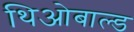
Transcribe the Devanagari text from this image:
थिओबाल्ड